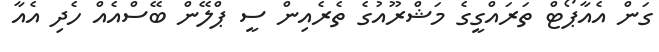
ގަން އެއާޕޯޓް ތަރައްގީގެ މަޝްރޫއުގެ ތެރެއިން ސީ ޕްލޭން ބޭސްއެއް ހެދި އެއާ